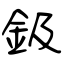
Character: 鈒